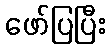
ဖော်ပြပြီး